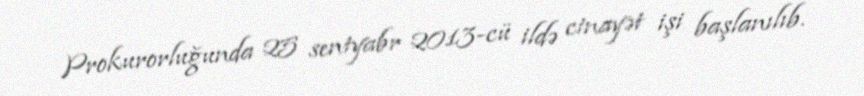
Prokurorluğunda 25 sentyabr 2013-cü ildə cinayət işi başlanılıb.